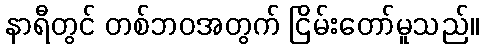
နာရီတွင် တစ်ဘဝအတွက် ငြိမ်းတော်မူသည်။